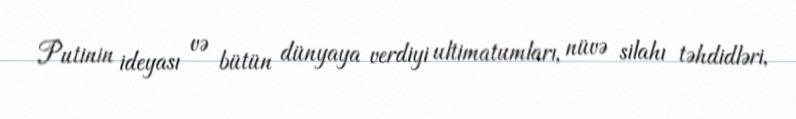
Putinin ideyası və bütün dünyaya verdiyi ultimatumları, nüvə silahı təhdidləri,